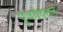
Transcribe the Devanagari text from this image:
पूजयेदशनं